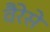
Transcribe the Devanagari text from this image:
वैरेसे